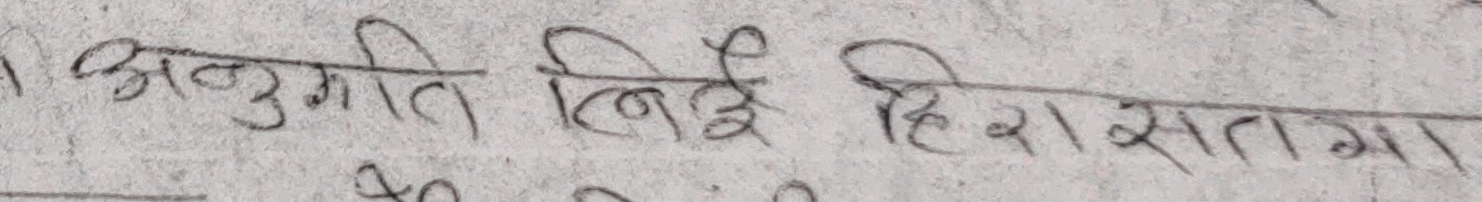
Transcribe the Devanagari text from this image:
अनुमति लिई हिरासातन